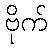
ဗိုက်